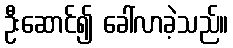
ဦးဆောင်၍ ခေါ်လာခဲ့သည်။